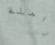
راحلة